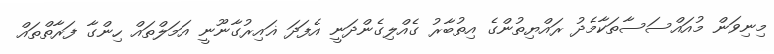
މިނިވަން މުއައްސަސާތަކާމެދު ރައްޔިތުންގެ އިތުބާރު ގެއްލިގެންދަނީ އެފަދަ ޣައިރުގާނޫނީ އަމަލްތައް ހިންގާ ފަރާތްތައް